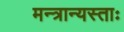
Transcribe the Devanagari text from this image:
मन्त्रान्यस्ताः